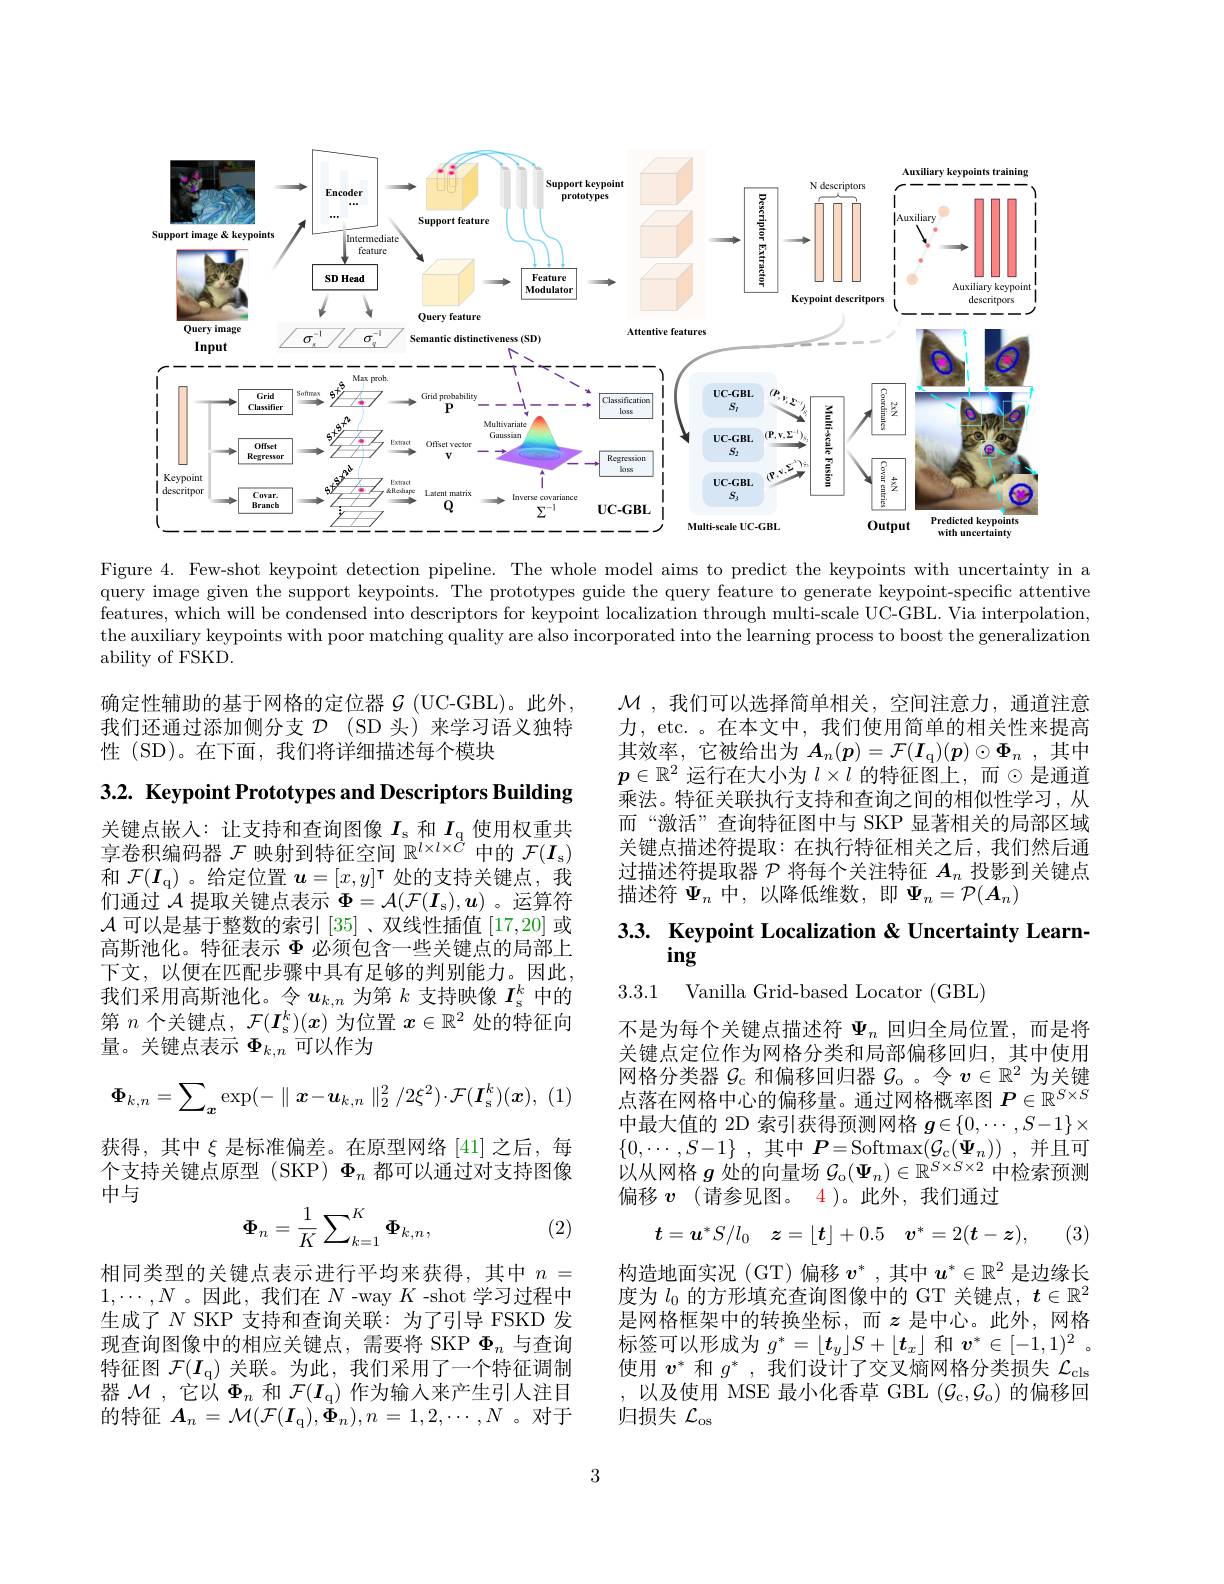
<FigureHere>

Figure 4. Few-shot keypoint detection pipeline. The whole model aims to predict the keypoints with uncertainty in a query image given the support keypoints. The prototypes guide the query feature to generate keypoint-specific attentive features, which will be condensed into descriptors for keypoint localization through multi-scale UC-GBL. Via interpolation, the auxiliary keypoints with poor matching quality are also incorporated into the learning process to boost the generalization ability of FSKD.

确定性辅助的基于网格的定位器$\mathcal{G}$ (UC-GBL)。此外， 我们还通过添加侧分支$\mathcal{D}$ (SD 头) 来学习语义独特性 (SD)。在下面，我们将详细描述每个模块

$3. 2. \textbf{ Keypoint Prototypes and Descriptors Building}$

关键点嵌入：让支持和查询图像$I_\mathrm{s}$和$I_\mathrm{q}$使用权重共享卷积编码器$\mathcal{F}$映射到特征空间$\mathbb{R}^\iota\times l\times\tilde{C}$中的$\mathcal{F} ( \boldsymbol{I}_\mathrm{s} )$ 和$\mathcal{F} ( I_\mathrm{q} )$ 。给定位置$u=[x,y]^\mathrm{\tau}$处的支持关键点，我们通过$\mathcal{A}$提取关键点表示$\Phi = \mathcal{A} ( \mathcal{F} ( \boldsymbol{I}_\mathrm{s} ) , \boldsymbol{u})$ 。运算符$\mathcal{A}$可以是基于整数的索引[35] 、双线性插值[17,20]或高斯池化。特征表示$\Phi$必须包含一些关键点的局部上下文，以便在匹配步骤中具有足够的判别能力。因此， 我们采用高斯池化。令$u_k,n$为第$k$支持映像$I_\mathrm{s}^k$中的第$n$个关键点，$\mathcal{F} ( \boldsymbol{I}_\mathrm{s} ^k) ( \boldsymbol{x})$为位置$x\in\mathbb{R}^2$处的特征向量。关键点表示$\Phi_{k,n}$可以作为
$$\Phi_{k,n}=\sum_{\boldsymbol{x}}\exp(-\parallel\boldsymbol{x}-\boldsymbol{u}_{k,n}\parallel_{2}^{2}/2\xi^{2})\cdot\mathcal{F}(\boldsymbol{I}_{\mathrm{s}}^{k})(\boldsymbol{x}),$$
获得，其中$\xi$ 是标准偏差。在原型网络[41] 之后，每个支持关键点原型 (SKP) $\Phi_n$都可以通过对支持图像中与
$$\Phi_n=\frac{1}{K}\sum_{k=1}^K\Phi_{k,n},$$
(2)

相同类型的关键点表示进行平均来获得，其中$n=$ $1,\cdots,N$ 。因此，我们在$N$ -way $K$ -shot 学习过程中生成了$N$ SKP 支持和查询关联：为了引导 FSKD 发现查询图像中的相应关键点，需要将 SKP $\Phi_n$与查询特征图$\mathcal{F} ( I_\mathrm{q} )$关联。为此，我们采用了一个特征调制器$\mathcal{M}$,它以$\Phi_n$和$\mathcal{F} ( I_\mathrm{q} )$作为输入来产生引人注目的特征$A_n= \mathcal{M} ( \mathcal{F} ( \boldsymbol{I}_{\mathrm{q} }) , \dot{\boldsymbol{\Phi }} _{n}) , n= 1, 2, \cdots , N$ 。对于

$\mathcal{M}$ ,我们可以选择简单相关，空间注意力，通道注意力，etc. 。在本文中，我们使用简单的相关性来提高其效率，它被给出为$A_n( \boldsymbol{p}) = \mathcal{F} ( \boldsymbol{I}_{\mathfrak{q} }) ( \boldsymbol{p}) \odot \boldsymbol{\Phi }_n$ , 其 中 $p\in\mathbb{R}^2$ 运行在大小为 $l\times l$ 的特征图上，而$\odot$是通道乘法。特征关联执行支持和查询之间的相似性学习，从而“激活”查询特征图中与 SKP 显著相关的局部区域关键点描述符提取：在执行特征相关之后，我们然后通过描述符提取器$\mathcal{P}$将每个关注特征$A_n$投影到关键点描述符$\Psi_n$中，以降低维数，即$\Psi_n=\mathcal{P}(A_n)$

# 3.3. Keypoint Localization & Uncertainty Learning

3.3.1 Vanilla Grid-based Locator (GBL)

不是为每个关键点描述符$\Psi_n$回归全局位置，而是将关键点定位作为网格分类和局部偏移回归，其中使用网格分类器$\mathcal{G}_\mathrm{c}$和偏移回归器$\mathcal{G}_\mathrm{o}$。令$v\in\mathbb{R}^2$为关键点落在网格中心的偏移量。通过网格概率图$P\in\mathbb{R}^{S\times S}$ 中最大值的 2D 索引获得预测网格$g\in\{0,\cdots,S-1\}\times$ $\{ 0, \cdots , S- 1\}$ ,其中$P=$Softmax$( \mathcal{G} _{\mathrm{c} }( \Psi _{n}) )$ ,并且可以从网格$g$处的向量场$\mathcal{G}_\mathrm{o}(\Psi_n)\in\mathbb{R}^{S\times S\times2}$中检索预测偏移$v$ (请参见图。4 )。此外，我们通过
$$t=\boldsymbol{u}^*S/l_0\quad\boldsymbol{z}=\lfloor\boldsymbol{t}\rfloor+0.5\quad\boldsymbol{v}^*=2(\boldsymbol{t}-\boldsymbol{z}),$$
(3)

构造地面实况(GT)偏移$v^*$,其中$u^*\in\mathbb{R}^2$ 是边缘长度为$l_0$的方形填充查询图像中的 GT 关键点，$t\in\mathbb{R}^2$ 是网格框架中的转换坐标，而$z$ 是中心。此外，网格标签可以形成为$g^*=\lfloor\boldsymbol{t}_y\rfloor S+\lfloor\boldsymbol{t}_x\rfloor$和$v^*\in[-1,1)^2$ 。使用$v^*$和$g^*$,我们设计了交叉熵网格分类损失$\mathcal{L}_\mathrm{cls}$ ,以及使用 MSE 最小化香草 GBL $(\mathcal{G}_{\mathrm{c}},\mathcal{G}_{\mathrm{o}})$的偏移回归损失$\mathcal{L}_\mathrm{os}$

3